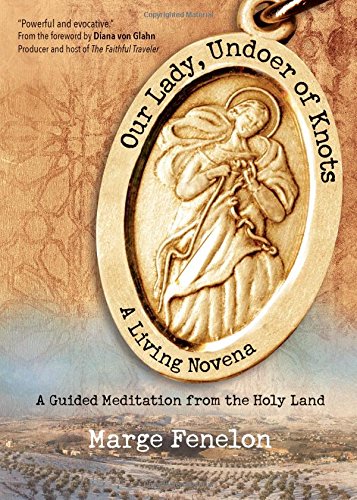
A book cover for Our Lady, Undoer of Knots: A Living Novena; Marge Fenelon; Christian Books & Bibles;